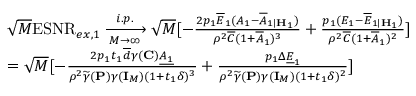
\begin{array} { r l } & { \sqrt { M } \mathrm { E S N R } _ { e x , 1 } \xrightarrow [ M \rightarrow \infty ] { i . p . } \sqrt { M } [ - \frac { 2 p _ { 1 } \overline { { E } } _ { 1 } ( A _ { 1 } - \overline { { A } } _ { 1 | { \mathbf { H } } _ { 1 } } ) } { \rho ^ { 2 } \overline { { C } } ( 1 + \overline { { A } } _ { 1 } ) ^ { 3 } } + \frac { p _ { 1 } ( E _ { 1 } - \overline { { E } } _ { 1 | { \mathbf { H } } _ { 1 } } ) } { \rho ^ { 2 } \overline { { C } } ( 1 + \overline { { A } } _ { 1 } ) ^ { 2 } } ] } \\ & { = \sqrt { M } [ - \frac { 2 p _ { 1 } t _ { 1 } \overline { { d } } \gamma ( { \mathbf { C } } ) \underline { { A _ { 1 } } } } { \rho ^ { 2 } \widetilde { \gamma } ( { \mathbf { P } } ) \gamma ( { \mathbf { I } } _ { M } ) ( 1 + t _ { 1 } \delta ) ^ { 3 } } + \frac { p _ { 1 } \Delta \underline { { E } } _ { 1 } } { \rho ^ { 2 } \widetilde { \gamma } ( { \mathbf { P } } ) \gamma ( { \mathbf { I } } _ { M } ) ( 1 + t _ { 1 } \delta ) ^ { 2 } } ] } \end{array}